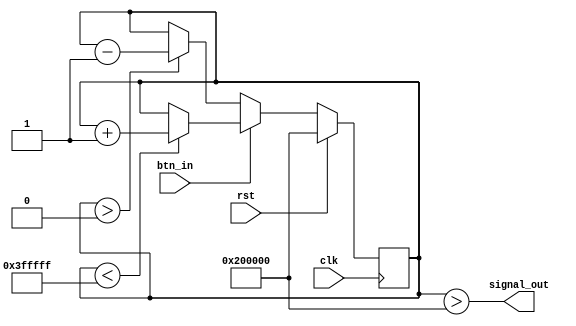
`timescale 1ns / 1ps
//////////////////////////////////////////////////////////////////////////////////
// Company: 
// Engineer: 
// 
// Design Name: 
// Module Name: debouncer
// Project Name: 
// Target Devices: 
// Tool Versions: 
// Description: 
// 
// Dependencies: 
// 
// Revision:
// Revision 0.01 - File Created
// Additional Comments:
// 
//////////////////////////////////////////////////////////////////////////////////


module debouncer(
//#(
//    parameter MAX_COUNT = 16
//)
//(
//    input wire clock,
//    input wire in,    // Synchronous and noisy input.
//    output reg out,   // Debounced and filtered output.
//    output reg edj,   // Goes high for 1 clock cycle on either edge of output. Note: used "edj" because "edge" is a keyword.
//    output reg rise,  // Goes high for 1 clock cycle on the rising edge of output.
//    output reg fall   // Goes high for 1 clock cycle on the falling edge of output.
//);

//    localparam COUNTER_BITS = $clog2(MAX_COUNT);

//    reg [COUNTER_BITS - 1 : 0] counter;
//    wire w_edj;
//    wire w_rise;
//    wire w_fall;

//    initial
//    begin
//        counter = 0;
//        out = 0;
//    end

//    always @(posedge clock)
//    begin
//        counter <= 0;  // Freeze counter by default to reduce switching losses when input and output are equal.
//        edj <= 0;
//        rise <= 0;
//        fall <= 0;
//        if (counter == MAX_COUNT - 1)  // If successfully debounced, notify what happened.
//        begin
//            out <= in;
//            edj <= w_edj;    // Goes high for 1 clock cycle on either edge.
//            rise <= w_rise;  // Goes high for 1 clock cycle on the rising edge.
//            fall <= w_fall;  // Goes high for 1 clock cycle on the falling edge.
//        end
//        else if (in != out)  // Hysteresis.
//        begin
//            counter <= counter + 1;  // Only increment when input and output differ.
//        end
//    end

//    // Edge detect.
//    assign w_edj = in ^ out;
//    assign w_rise = in & ~out;
//    assign w_fall = ~in & out;
    input  wire btn_in,
	output wire signal_out,
	input  wire clk,
	input  wire rst 
);
	reg [21:0] counter;

	assign signal_out = (counter > 22'b1000000000000000000000);

	always @(posedge clk) begin
		if (rst) begin
			counter <= 22'b1000000000000000000000;
		end else if (btn_in) begin
			if (counter < 22'b1111111111111111111111) begin
				counter <= counter + 1;
			end
		end else if (~btn_in) begin
			if (counter > 22'b0000000000000000000000) begin
				counter <= counter - 1;
			end
		end
	end
 
 endmodule